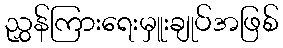
ညွှန်ကြားရေးမှူးချုပ်အဖြစ်